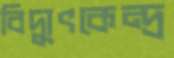
বিদ্যুৎকেন্দ্র